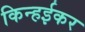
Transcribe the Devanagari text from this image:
किन्हईकर